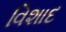
વિશાદ